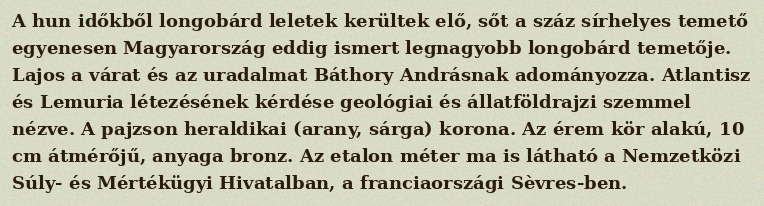
A hun időkből longobárd leletek kerültek elő, sőt a száz sírhelyes temető egyenesen Magyarország eddig ismert legnagyobb longobárd temetője. Lajos a várat és az uradalmat Báthory Andrásnak adományozza. Atlantisz és Lemuria létezésének kérdése geológiai és állatföldrajzi szemmel nézve. A pajzson heraldikai (arany, sárga) korona. Az érem kör alakú, 10 cm átmérőjű, anyaga bronz. Az etalon méter ma is látható a Nemzetközi Súly- és Mértékügyi Hivatalban, a franciaországi Sèvres-ben.